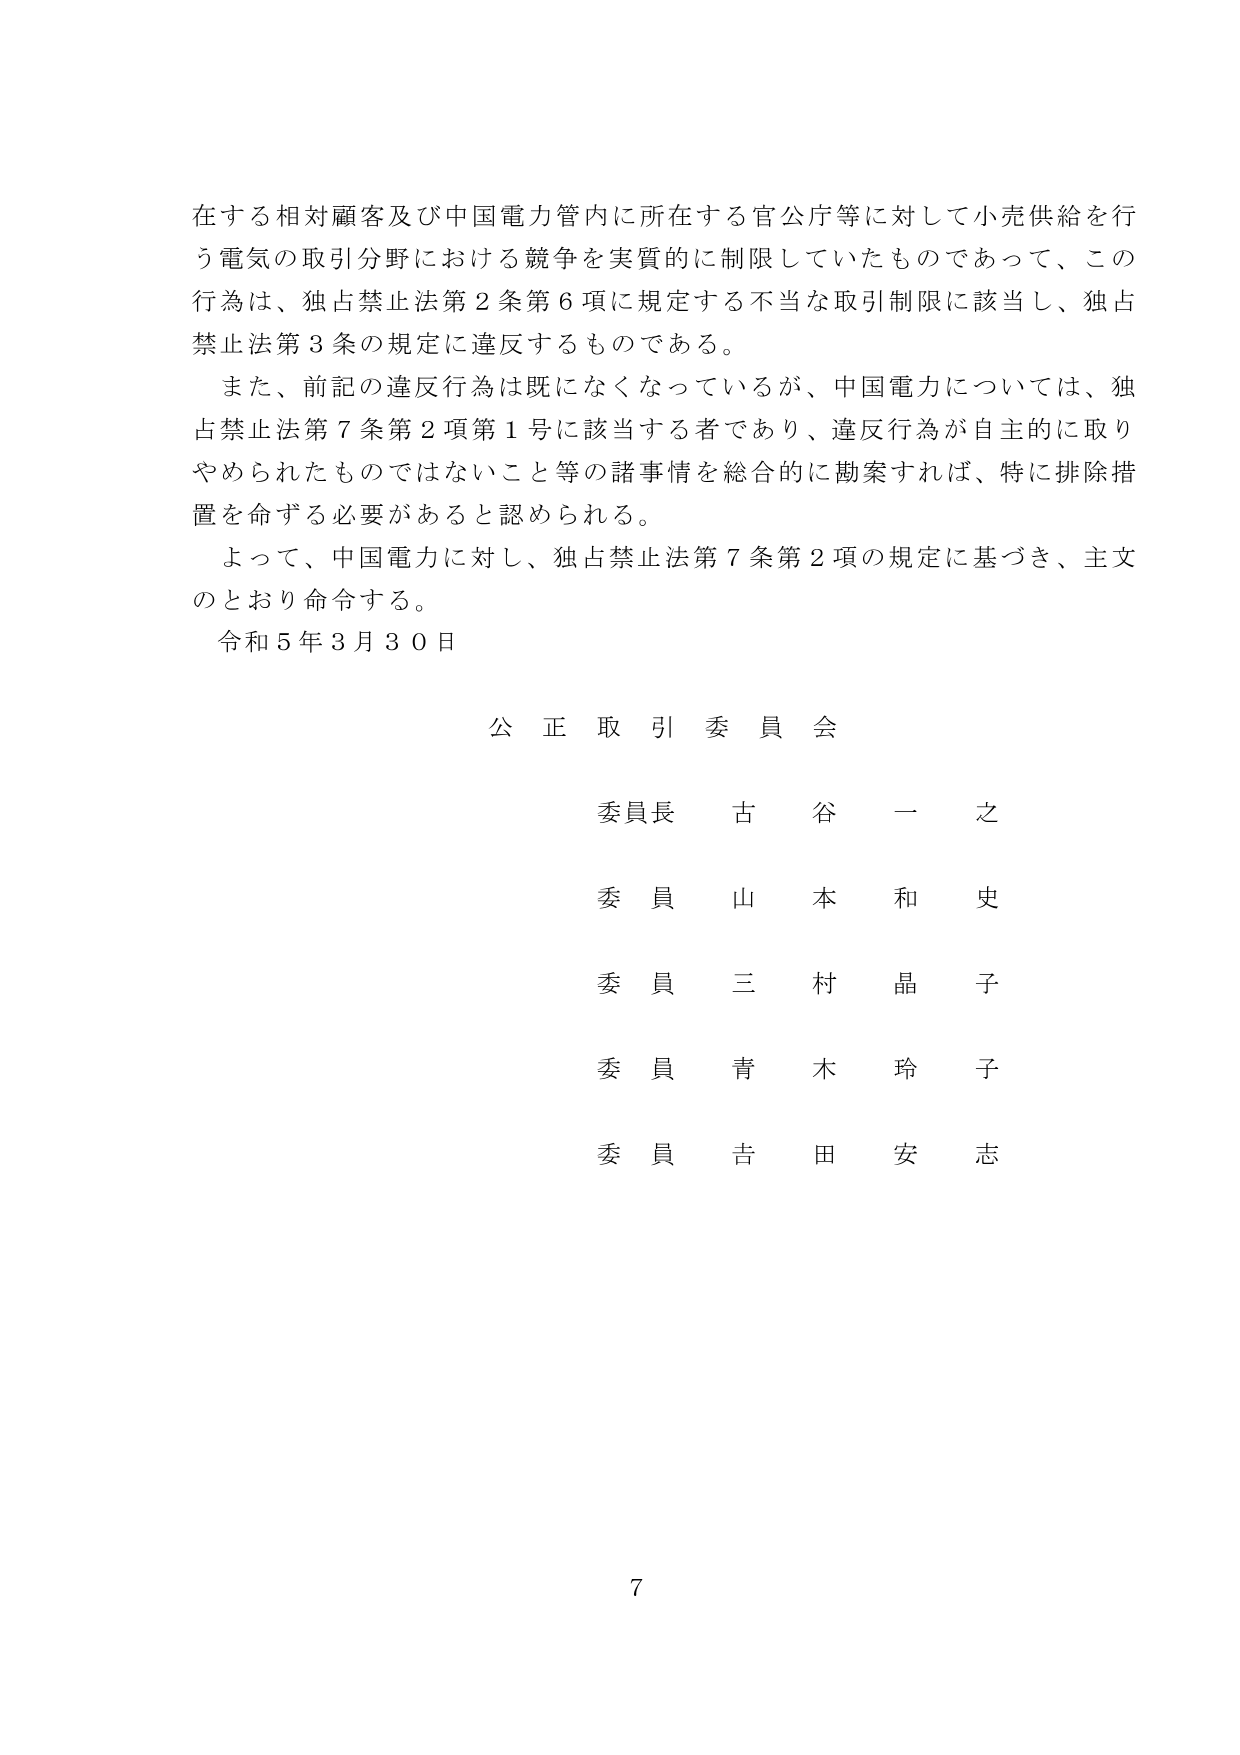
在する相対顧客及び中国電力管内に所在する官公庁等に対して小売供給を行う電気の取引分野における競争を実質的に制限していたものであって、この行為は、独占禁止法第2条第6項に規定する不適当な取引制限に該当し、独占禁止法第3条の規定に違反するものである。

また、前記の違反行為は既になくなっているが、中国電力については、独占禁止法第7条第2項第1号に該当する者であり、違反行為が自主的に取りやめられたものではないこと等の諸事情を総合的に勘案すれば、特に排除措置を命ずる必要があると認められる。

よって、中国電力に対し、独占禁止法第7条第2項の規定に基づき、主文のとおり命令する。

令和5年3月30日

公正取引委員会

委員長 古谷一之

委員 山本和史

委員 三村晶子

委員 青木玲子

委員 吉田安志

7